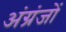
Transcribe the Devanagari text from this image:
अंग्रंजों